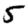
Digit: 5